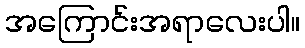
အကြောင်းအရာလေးပါ။